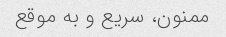
ممنون، سریع و به موقع